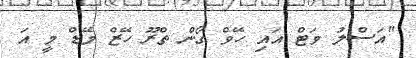
"އަސްލު ވަޓް އައި ހޭވް ގޯން ތްރޫ ހޭޒް މޭޑް މީ އަ